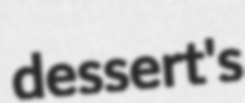
dessert's